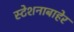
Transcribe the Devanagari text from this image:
स्टेशनाबाहेर